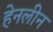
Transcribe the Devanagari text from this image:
हेनलीन